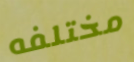
مختلفه